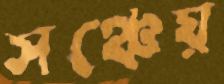
সঞ্চেয়